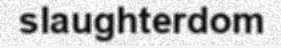
slaughterdom